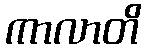
ကာလာတိ